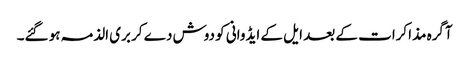
آگرہ مذاکرات کے بعد ایل کے ایڈوانی کو دوش دے کر بری الذمہ ہو گئے۔